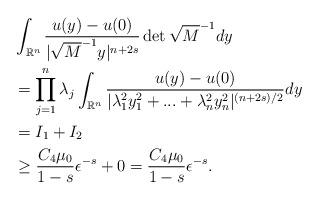
LaTeX: \begin{align*}\begin{aligned}&\int_{\mathbb{R}^n}{\frac{u(y)-u(0)}{|\sqrt{M}^{-1}y|^{n+2s}}\det{\sqrt{M}^{-1}}dy}\\&=\prod_{j=1}^{n}{\lambda_j}\int_{\mathbb{R}^n}{\frac{u(y)-u(0)}{|\lambda_1^2y_1^2+...+\lambda_n^2y_n^2|^{(n+2s)/2}}dy}\\& = I_1+I_2\\& \geq \frac{C_4\mu_0}{1-s} \epsilon^{-s}+0= \frac{C_4\mu_0}{1-s} \epsilon^{-s}.\end{aligned}\end{align*}